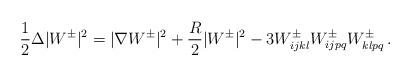
LaTeX: \begin{align*}\frac{1}{2}\Delta |W^{\pm}|^{2} = |\nabla W^{\pm}|^{2}+\frac{R}{2}|W^{\pm}|^{2}-3W^{\pm}_{ijkl}W^{\pm}_{ijpq}W^{\pm}_{klpq} \,.\end{align*}